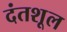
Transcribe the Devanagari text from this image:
दंतशूल